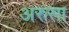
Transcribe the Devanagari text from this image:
अरुसा